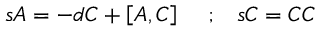
s { \cal A } = - d C + \left[ { \cal A } , C \right] \, \, \, \, \, \, \, ; \, \, \, \, \, s C = C C